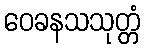
ဝေခနသသုတ္တံ